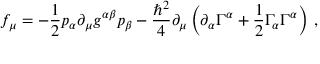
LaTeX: f _ { \mu } = - \frac { 1 } { 2 } p _ { \alpha } \partial _ { \mu } g ^ { \alpha \beta } p _ { \beta } - \frac { \hbar ^ { 2 } } { 4 } \partial _ { \mu } \left( \partial _ { \alpha } \Gamma ^ { \alpha } + \frac { 1 } { 2 } \Gamma _ { \alpha } \Gamma ^ { \alpha } \right) \, ,